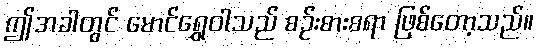
ဤအခါတွင် မောင်ရွှေဝါသည် စဉ်းစားစရာ ဖြစ်တော့သည်။